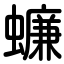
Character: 蠊